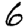
Digit: 6